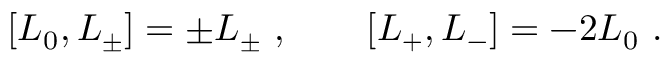
[ L _ { 0 } , L _ { \pm } ] = \pm L _ { \pm } \ , \qquad [ L _ { + } , L _ { - } ] = - 2 L _ { 0 } \ .